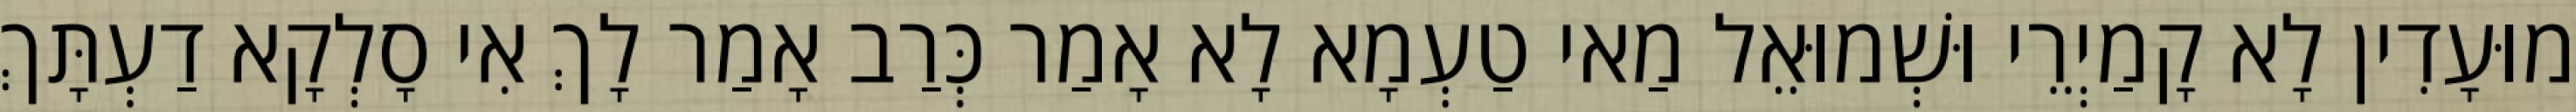
מוּעָדִין לָא קָמַיְרֵי וּשְׁמוּאֵל מַאי טַעְמָא לָא אָמַר כְּרַב אָמַר לָךְ אִי סָלְקָא דַעְתָּךְ